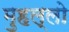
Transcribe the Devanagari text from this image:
मुहल्लो